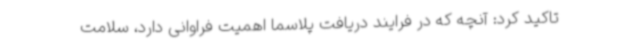
تاکید کرد: آنچه که در فرایند دریافت پلاسما اهمیت فراوانی دارد، سلامت